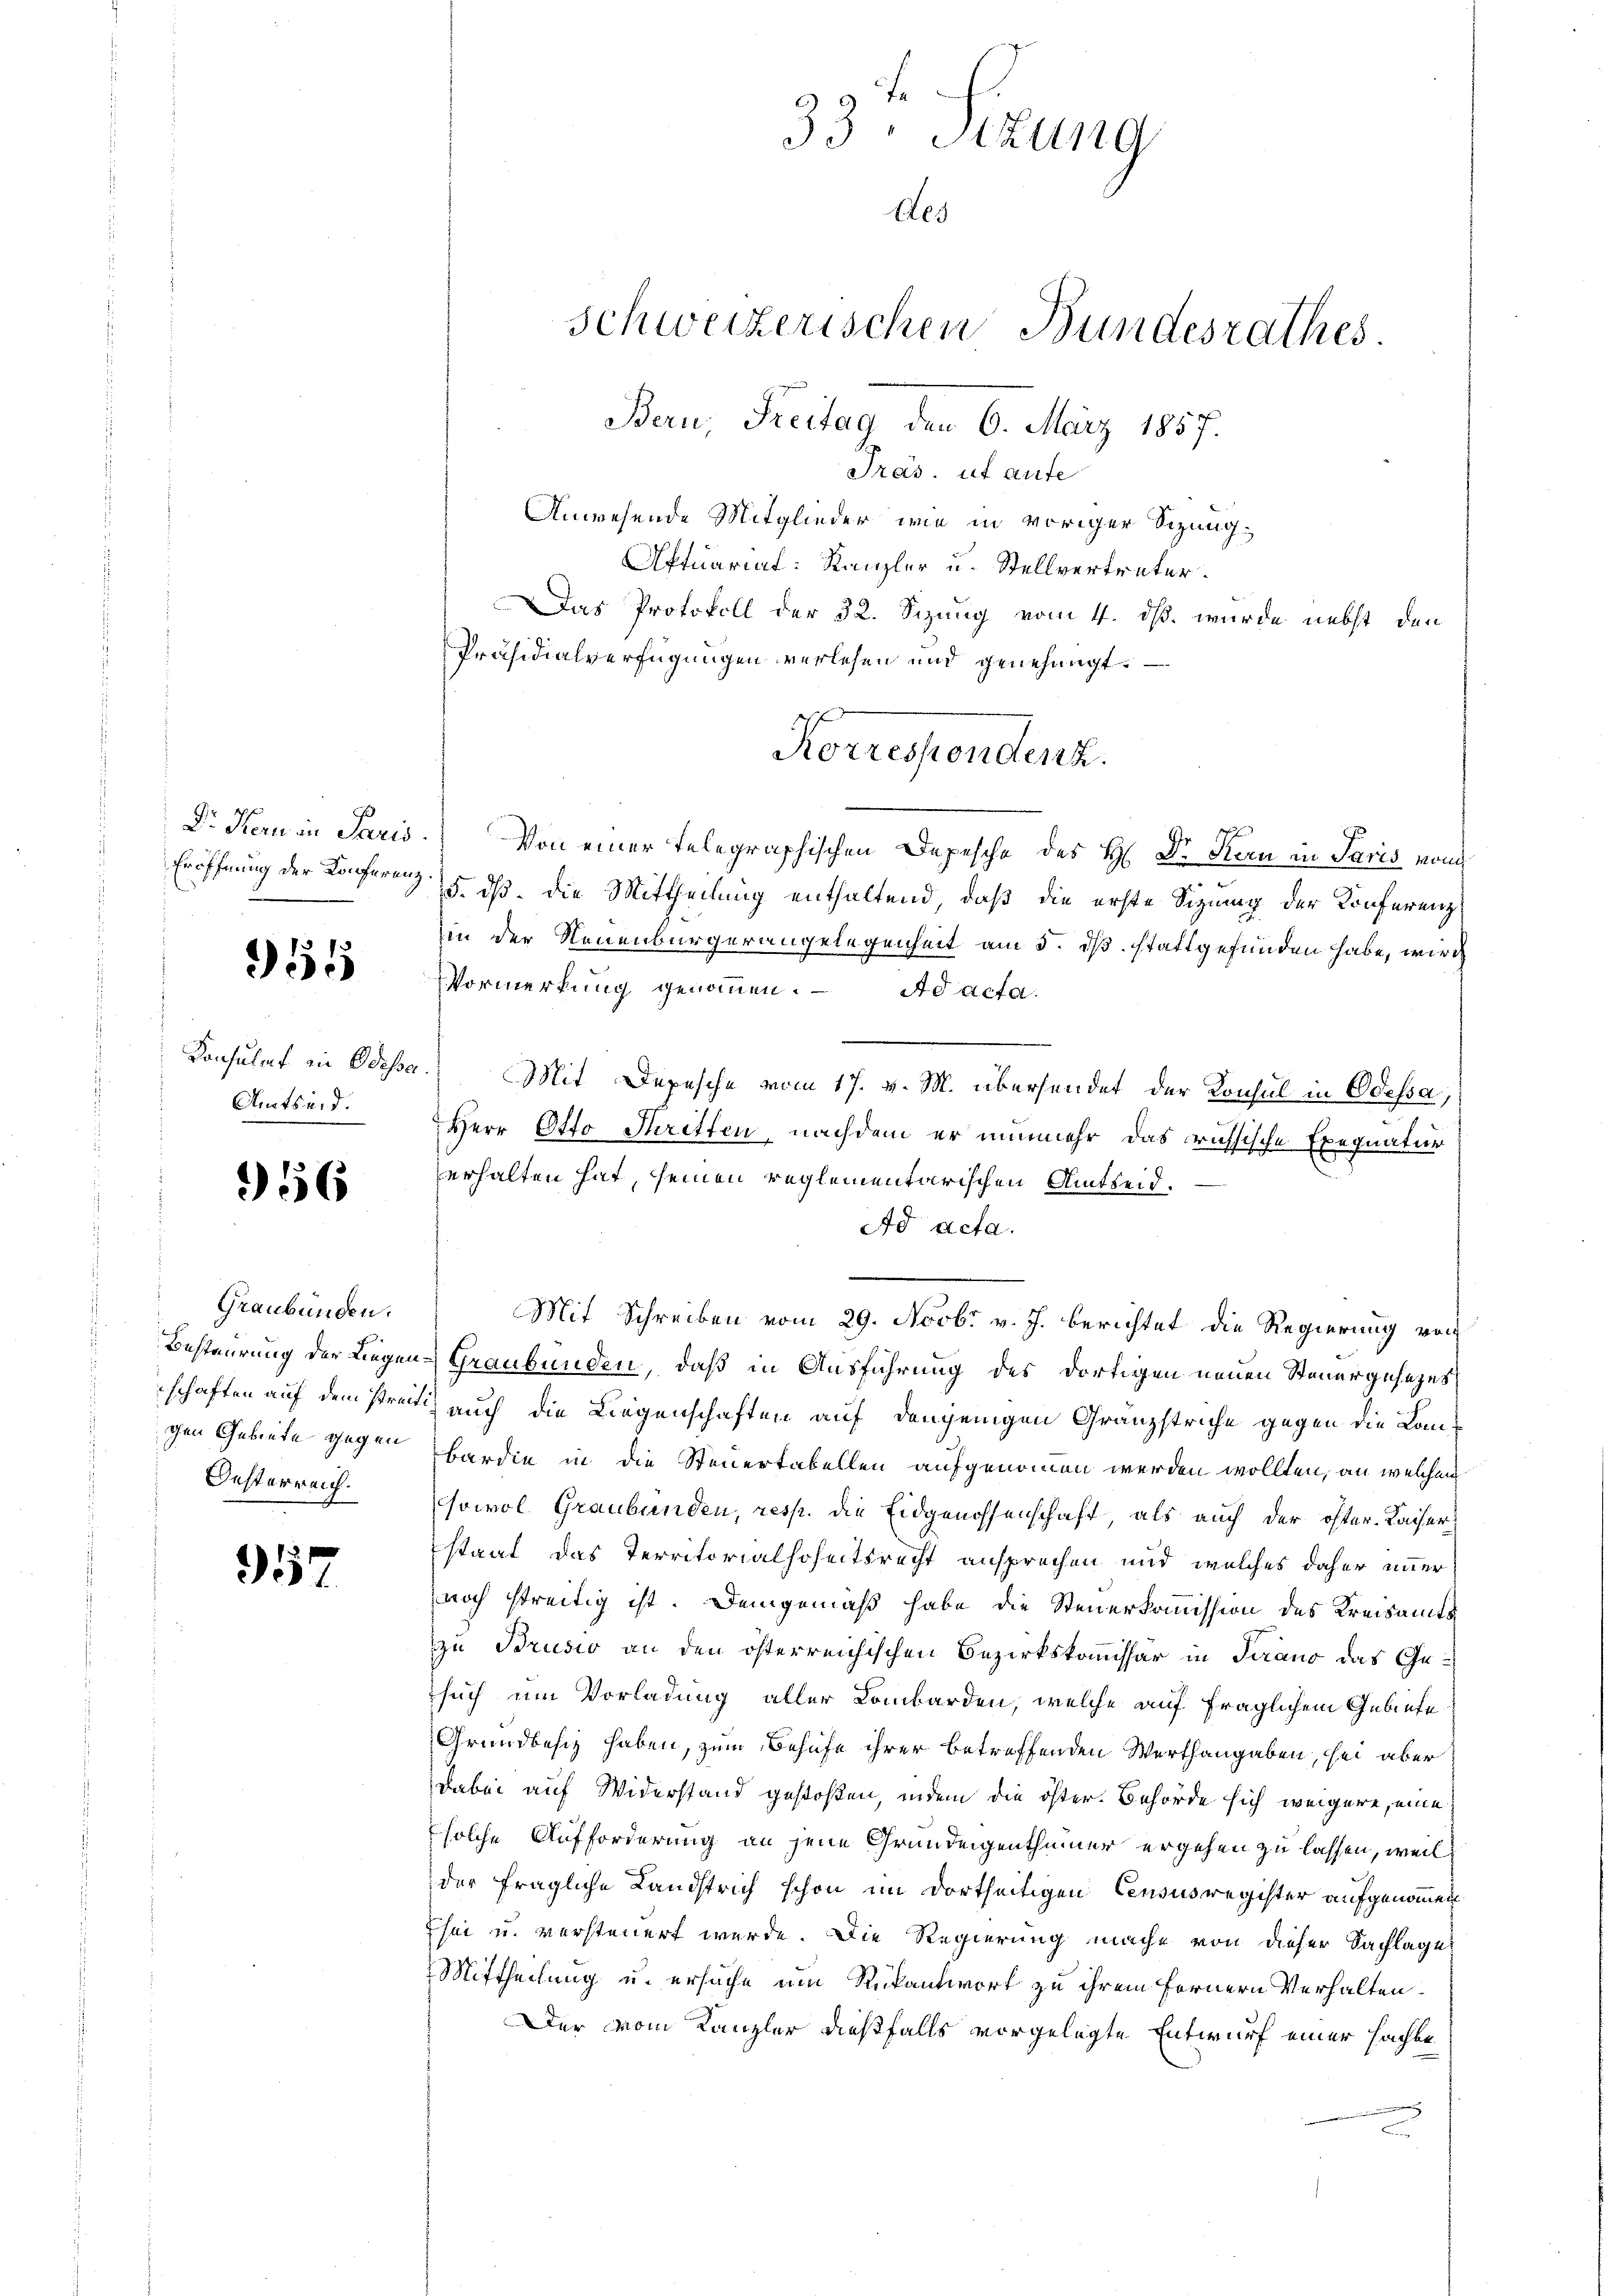
951

Konsulat in Odesser
Amtsard.

16

Graubünden.
Besteurung der Liegen
schaften auf dem Preis
chen Gebiete gegen
Oesterreich.

557

33. Sitzung
tes
Schweizerischen Bundesrathes.
Bern, Freitag den 6. März 1857.
Pras. ut aufe

Anwesende Mitglieder, wie in voriger Sizung¬
Aftuarial Kanzler u. Stellvertreter.
Das Protokoll der 32. Sizung vom 4. dß wurde nebst den
Präsidialverfügungen verlesen und genehmigt.
Dr. Kern in Paris. Von einer telegraphischen Depesche des H. Dr. Kara in Paris vom
Eröffnung der Konferenz (5. dß die Mittheilung enthaltend, daß die erste Sitzung der Konferenz
in der Neuenburgerangelegenheit am 5. ds. stattgefunden habe, wird
Vormerkung genommen. Ad acta.
 Mit Depesche vom 17. v. M. übersendet der Konsul in Odessa,
Herr Otto Tritten, nachdem er nunmehr das russische Exequatur
erhalten hat, seinen reglementarischen Amtseid.
Ad acta.
Mit Schreiben vom 29. Novbr v. J. berichtet die Regierung von
Graubünden, daß in Ausführung des dortigen neuen Steuergesetzes
) auch die Liegenschaften auf denjenigen Granzstriche gegen die Lanbardin in die Steuertabellen aufgenommen werden wollten, an welchen
sowol Graubünden, resp. die Eidgenossenschaft, als auch der öfter. Kaiser
staat das Territorialhoheitsrecht ansprechen und welches daher immer
noch streitig ist. Demgemäß habe die Steuerkommission des Kreisamtszu Brusio an den österreichischen Bezirkskommissär in Turano das Gesuch um Vorladung aller Lombarden, welche auf fraglichem Gebiete
Grundbesiz haben, zum Behufe ihrer betreffenden Werthangaben, sei aber
dabei auf Widerstand gestoßen, indem die öster. Behörde sich weigere, eine
solche Aufforderung an jene Grundeigenthümer ergehen zu lassen, weil
der fragliche Landstrich schon im dortheiligen Censusregister aufgenommen
Esei u. versteuert werde. Die Regierung mache von dieser Sachlage
Mittheilung u. ersuche um Rückantwort zu ihrem Fernern Verhalten.
Der vom Kanzler dießfalls vorgelegte Entwurf einer sachte

Korrespondern.